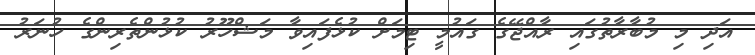
އަދި މި މުބާރާތުގައި ރާއްޖޭގެ ގައުމީ ޓިމަށް ކުޅެފައިވާ މަޝްހޫރު ކުޅުންތެރިންގެ ހުނަރު